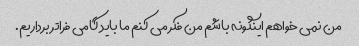
من نمی خواهم اینگونه باشم من فکر می کنم ما باید گامی فراتر برداریم.